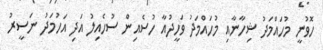
ހޮވުނީ މުހައްމަދު ޝިހާނާއި މުހައްމަދު ވަހީދުއާ ހުސެއިން ސުހެއިލު އަދި އަހުމަދު ނަސީރު